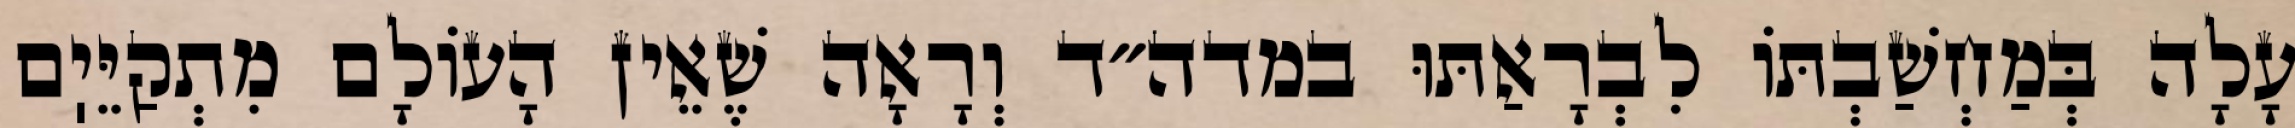
עָלָה בְּמַחְשַׁבְתּוֹ לִבְרָאַתּוּ במדה״ד וְרָאָה שֶׁאֵין הָעוֹלָם מִתְקַיֵּיֽם